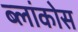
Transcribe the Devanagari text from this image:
ब्लांकोस